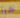
هيا